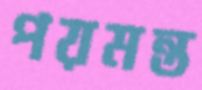
পয়মন্ত